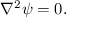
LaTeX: \nabla ^ { 2 } \psi = 0 .